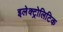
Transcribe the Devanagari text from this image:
इलेक्ट्रोलिटिक